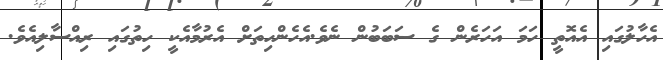
އެހާލުގައި އެއޮތީ ހަމަ އަހަރެން ގެ ސަބަބުން ނެވެ.އެހެންހިތަށް އެރުމާއެކީ ހިތުގައި ރިއްސާލިއެވެ.